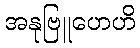
အနုဗြူဟေဟိ